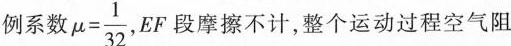
例系数$$\mu= \frac{1}{32}$$，EF段摩擦不计，整个运动过程空气阻